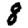
Digit: 8